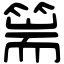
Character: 篅